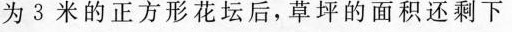
为3米的正方形花坛后，草坪的面积还剩下